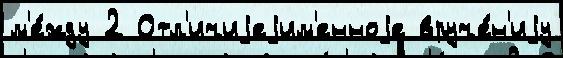
м'е́жду 2 Отл'ичиjеjим'енноjе вруче́н'иjу